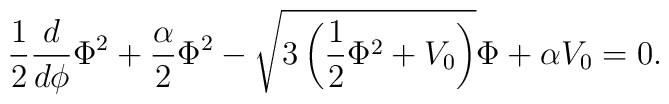
{\frac{1}{2}\frac{d}{d\phi}\Phi^2+\frac{\alpha}{2}\Phi^2-\sqrt{3\left(\frac{1}{2}\Phi^2+V_0\right)}\Phi+\alpha V_0=0.}